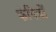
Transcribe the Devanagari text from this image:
कंपित्रों